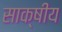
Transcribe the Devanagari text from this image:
साक्षीय